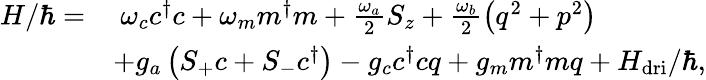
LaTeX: \begin{array}{rl}{H/\hbar=}&{\ \omega_{c}c^{\dagger}c+\omega_{m}m^{\dagger}m+\frac{\omega_{a}}{2}S_{z}+\frac{\omega_{b}}{2}\left(q^{2}+p^{2}\right)}\\ &{+g_{a}\left(S_{+}c+S_{-}c^{\dagger}\right)-g_{c}c^{\dagger}cq+g_{m}m^{\dagger}mq+H_{\mathrm{dri}}/\hbar,}\end{array}